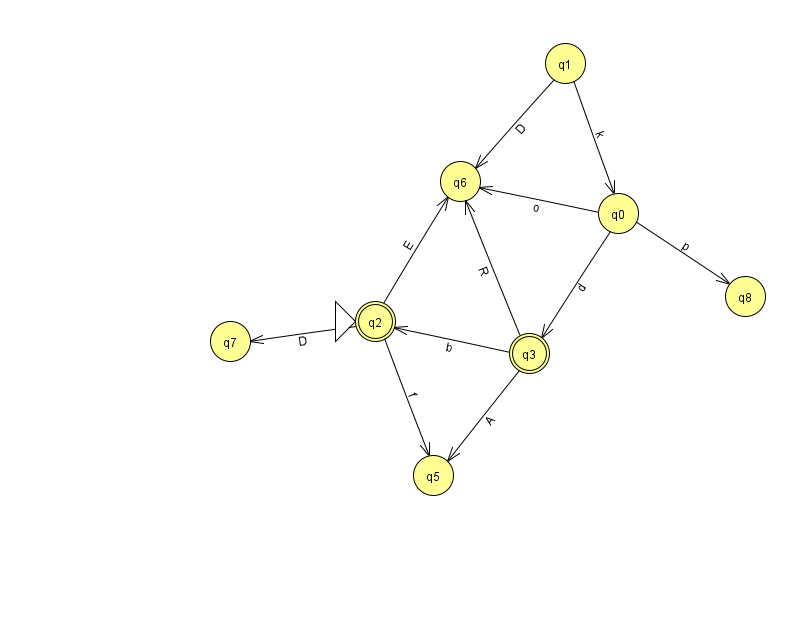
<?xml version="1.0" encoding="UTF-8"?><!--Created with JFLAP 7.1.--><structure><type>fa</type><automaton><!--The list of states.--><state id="0" name="q0"><x>618.0</x><y>200.0</y></state><state id="1" name="q1"><x>565.0</x><y>50.0</y></state><state id="2" name="q2"><x>375.0</x><y>308.0</y><initial/><final/></state><state id="3" name="q3"><x>529.0</x><y>340.0</y><final/></state><state id="5" name="q5"><x>433.0</x><y>462.0</y></state><state id="6" name="q6"><x>460.0</x><y>168.0</y></state><state id="7" name="q7"><x>230.0</x><y>328.0</y></state><state id="8" name="q8"><x>745.0</x><y>283.0</y></state><!--The list of transitions.--><transition><from>0</from><to>8</to><read>p</read></transition><transition><from>0</from><to>3</to><read>d</read></transition><transition><from>1</from><to>6</to><read>D</read></transition><transition><from>2</from><to>5</to><read>f</read></transition><transition><from>3</from><to>6</to><read>R</read></transition><transition><from>3</from><to>5</to><read>A</read></transition><transition><from>2</from><to>6</to><read>E</read></transition><transition><from>3</from><to>2</to><read>b</read></transition><transition><from>1</from><to>0</to><read>k</read></transition><transition><from>2</from><to>7</to><read>D</read></transition><transition><from>0</from><to>6</to><read>o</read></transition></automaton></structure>